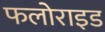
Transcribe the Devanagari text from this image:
फलोराइड